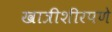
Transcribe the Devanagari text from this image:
खात्रीशीरपणे